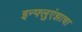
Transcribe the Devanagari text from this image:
इन्फ्लुएंझाचा